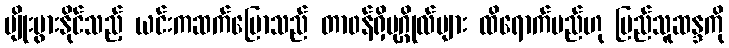
မျိုးပွားနိုင်သည့် ယင်းကဆက်ပြောသည် တာ၀န်ရှိပုဂ္ဂိုလ်များ ထိရောက်မည်ဟု ပြည်သူဆန္ဒကို